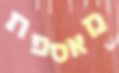
מאספת